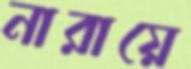
নারায়ে